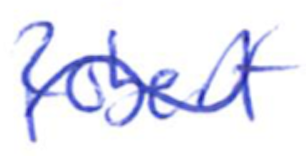
Text: Robert
Cross-out: wave
Writing tool: ballpoint